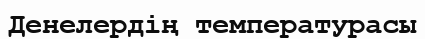
Денелердің температурасы